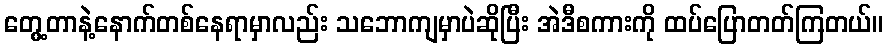
တွေ့တာနဲ့နောက်တစ်နေရာမှာလည်း သဘောကျမှာပဲဆိုပြီး အဲဒီစကားကို ထပ်ပြောတတ်ကြတယ်။